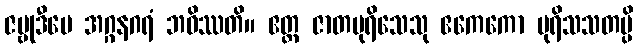
ဇမ္ဗုဒီပေ အဂ္ဂနဂရံ ဘဝိဿတိ။ ဧတ္ထ ဇာတပုရိသေသု ဧကေကော ပုရိသသတမ္ပိ